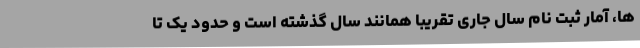
ها، آمار ثبت نام سال جاری تقریبا همانند سال گذشته است و حدود یک تا